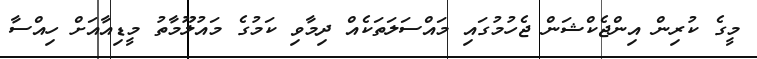
މީގެ ކުރިން އިންޖެކްޝަން ޖެހުމުގައި މައްސަލަތަކެއް ދިމާވި ކަމުގެ މައުލޫމާތު މީޑިއާއަށް ހިއްސާ